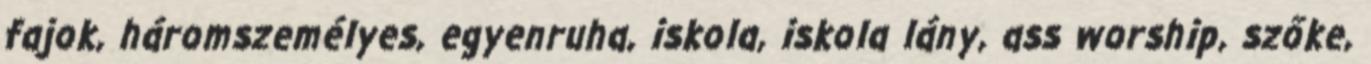
fajok, háromszemélyes, egyenruha, iskola, iskola lány, ass worship, szőke,